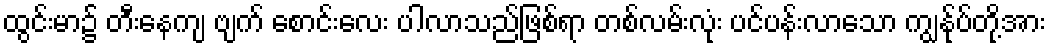
ထွင်းမာ၌ တီးနေကျ ဗျက် စောင်းလေး ပါလာသည်ဖြစ်ရာ တစ်လမ်းလုံး ပင်ပန်းလာသော ကျွန်ုပ်တို့အား